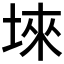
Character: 𱖹